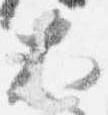
大